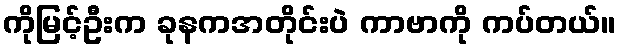
ကိုမြင့်ဦးက ခုနကအတိုင်းပဲ ကာဗာကို ကပ်တယ်။